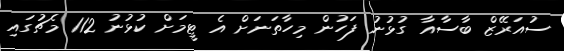
ސުއަރޭޒް ބާސާއާ ގުޅުނު ފަހުން މިހާތަނަށް އެ ޓީމަށް ކުޅުނު 112 މެޗުގައި